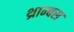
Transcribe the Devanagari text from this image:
थ्राम्बस